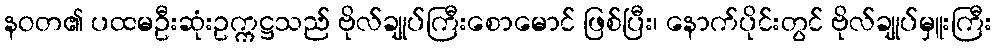
နဝတ၏ ပထမဦးဆုံးဥက္ကဋ္ဌသည် ဗိုလ်ချုပ်ကြီးစောမောင် ဖြစ်ပြီး၊ နောက်ပိုင်းတွင် ဗိုလ်ချုပ်မှူးကြီး